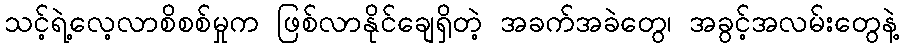
သင့်ရဲ့လေ့လာစိစစ်မှုက ဖြစ်လာနိုင်ချေရှိတဲ့ အခက်အခဲတွေ၊ အခွင့်အလမ်းတွေနဲ့